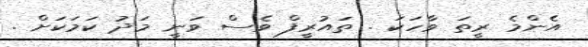
އެންމެ ރީތަ ވާހަކަ . ތައުރީފް ވެސް ވަނީ މަދު ކަމަކަށް .